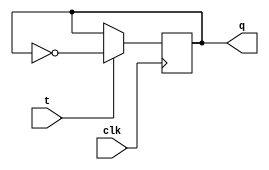
module t_flip_flop(
    input wire clk,
    input wire t,
    output reg q
);

always @(posedge clk) begin
    if (t == 1'b1)
        q <= ~q;
end

endmodule